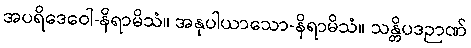
အပရိဒေဝေါ-နိရာမိသံ။ အနုပါယာသော-နိရာမိသံ။ သန္တိပဒဉာဏ်